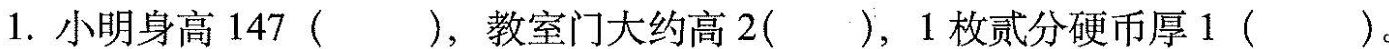
1.小明身高147( )，教室门大约高2( )，1枚贰分硬币厚1( )。